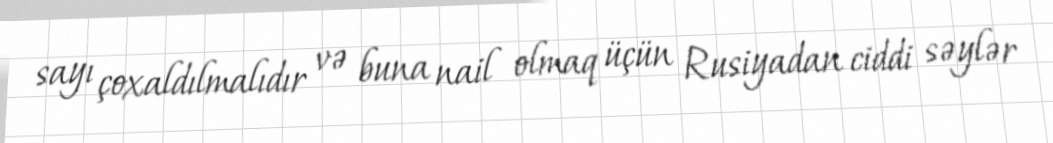
sayı çoxaldılmalıdır və buna nail olmaq üçün Rusiyadan ciddi səylər